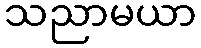
သညာမယာ